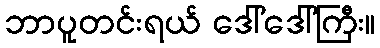
ဘာပူတင်းရယ် ဒေါ်ဒေါ်ကြီး။